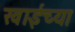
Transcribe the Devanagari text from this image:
खाईच्या